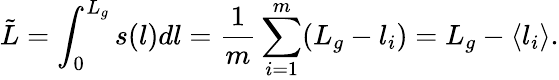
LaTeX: \tilde{L}=\int_{0}^{L_{g}}s(l)dl=\frac{1}{m}\sum_{i=1}^{m}(L_{g}-l_{i})=L_{g}-\langle{l_{i}}\rangle{}.